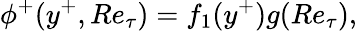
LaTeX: \phi^{+}(y^{+},Re_{\tau})=f_{1}(y^{+})g(Re_{\tau}),